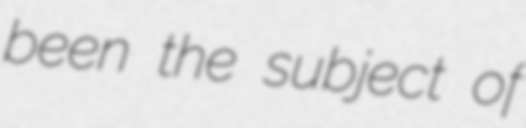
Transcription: been the subject of